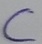
Text: C